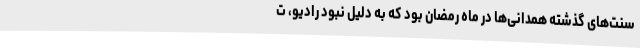
سنت‌های گذشته همدانی‌ها در ماه رمضان بود که به دلیل نبود رادیو، ت